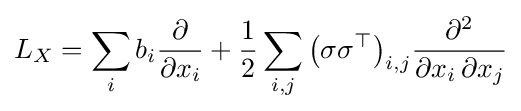
L_{X}=\sum _{i}b_{i}{\frac {\partial }{\partial x_{i}}}+{\frac {1}{2}}\sum _{i,j}{\big (}\sigma \sigma ^{\top }{\big )}_{i,j}{\frac {\partial ^{2}}{\partial x_{i}\,\partial x_{j}}}